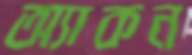
অ্যাকন